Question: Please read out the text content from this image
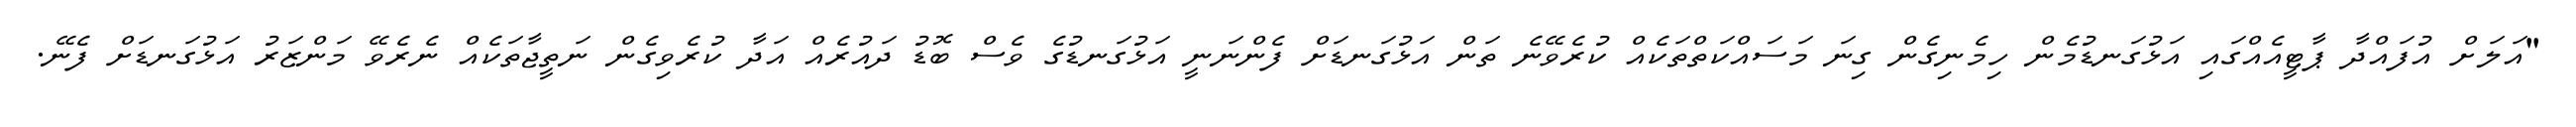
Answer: "އަލަށް އުފައްދާ ޕާޓީއެއްގައި އަޅުގަނޑުމެން ހިމެނިގެން ގިނަ މަސައްކަތްތަކެއް ކުރެވޭނެ ތަން އަޅުގަނޑަށް ފެންނަނީ އަޅުގަނޑުގެ ވެސް ބޮޑު ދައުރެއް އަދާ ކުރެވިގެން ނަތީޖާތަކެއް ނެރެވޭ މަންޒަރު އަޅުގަނޑަށް ފެނޭ.